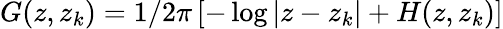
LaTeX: G(z,z_{k})=1/2\pi\left[-\log|z-z_{k}|+H(z,z_{k})\right]